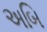
અબિ